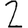
Digit: 2